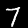
Digit: 7